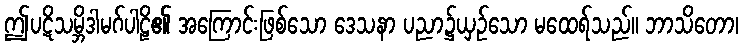
ဤပဋိသမ္ဘိဒါမဂ်ပါဠိ၏ အကြောင်းဖြစ်သော ဒေသနာ ပညာ၌ယှဉ်သော မထေရ်သည်။ ဘာသိတော၊